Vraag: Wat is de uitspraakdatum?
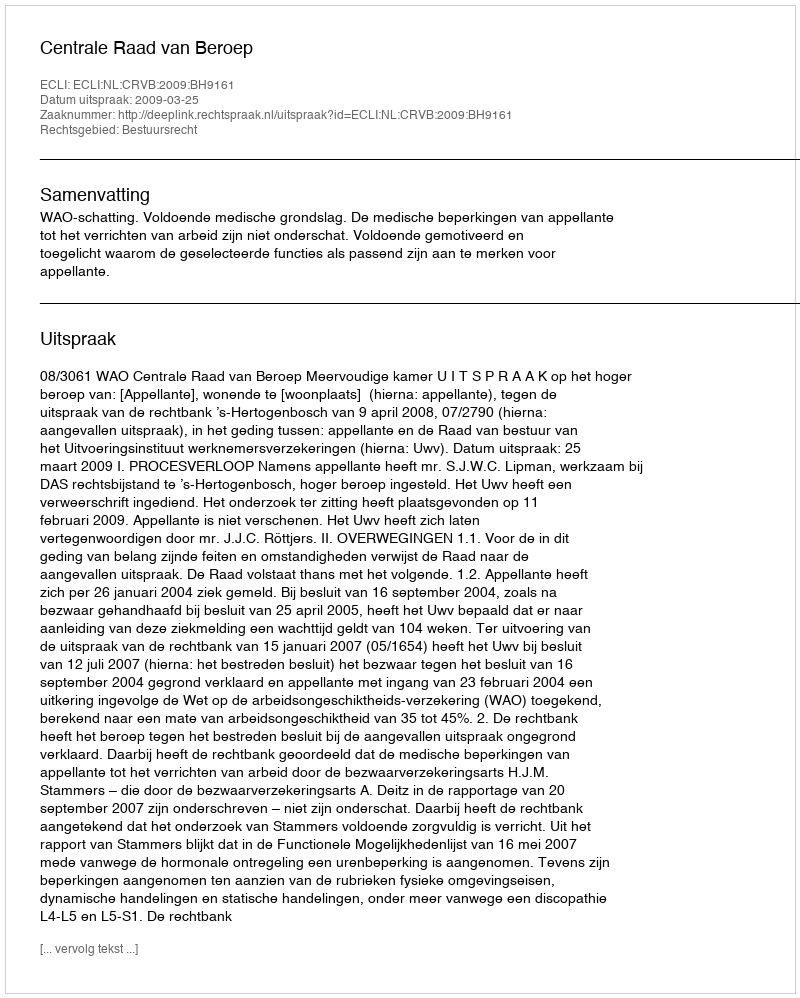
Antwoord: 2009-03-25